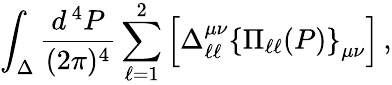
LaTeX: \int_{\Delta}\frac{d^{\, 4}P}{(2\pi)^{4}}\sum_{\ell=1}^{2}\left[\Delta_{\ell\ell}^{\mu\nu}\left\{ \Pi_{\ell\ell}(P)\right\} _{\mu\nu}\right]\, ,